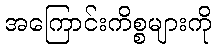
အကြောင်းကိစ္စများကို